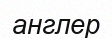
англер